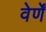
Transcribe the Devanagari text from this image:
वेर्णें